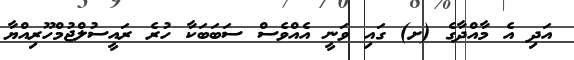
އަދި އެ މާއްދާގެ (ށ) ގައި ވަނީ އެއްވެސް ސަބަބަކާ ހުރެ ރައީސުލްޖުމްހޫރިއްޔާ